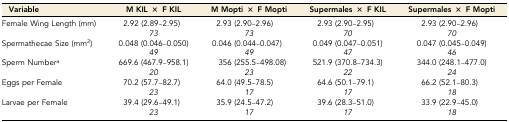
| Variable | M KIL × F KIL | M Mopti × F Mopti | Supermales × F KIL | Supermales × F Mopti |
 | --- | --- | --- | --- | --- |
 | <ROWSPAN=2> Female Wing Length (mm) | 2.92 (2.89–2.95) | 2.93 (2.90–2.96) | 2.93 (2.90–2.95) | 2.93 (2.90–2.96) |
 | 73 | 73 | 70 | 70 |
 | <ROWSPAN=2> Spermathecae Size (mm2) | 0.048 (0.046–0.050) | 0.046 (0.044–0.047) | 0.049 (0.047–0.051) | 0.047 (0.045–0.049) |
 | 49 | 49 | 47 | 46 |
 | <ROWSPAN=2> Sperm Numbera | 669.6 (467.9–958.1) | 356 (255.5–498.08) | 521.9 (370.8–734.3) | 344.0 (248.1–477.0) |
 | 20 | 23 | 22 | 24 |
 | <ROWSPAN=2> Eggs per Female | 70.2 (57.7–82.7) | 64.0 (49.5–78.5) | 64.6 (50.1–79.1) | 66.2 (52.1–80.3) |
 | 23 | 17 | 17 | 18 |
 | <ROWSPAN=2> Larvae per Female | 39.4 (29.6–49.1) | 35.9 (24.5–47.2) | 39.6 (28.3–51.0) | 33.9 (22.9–45.0) |
 | 23 | 17 | 17 | 18 |